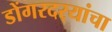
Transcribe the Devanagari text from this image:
डोंगरदर्‍यांचा